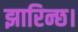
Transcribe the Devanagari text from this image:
झारिन्छ।